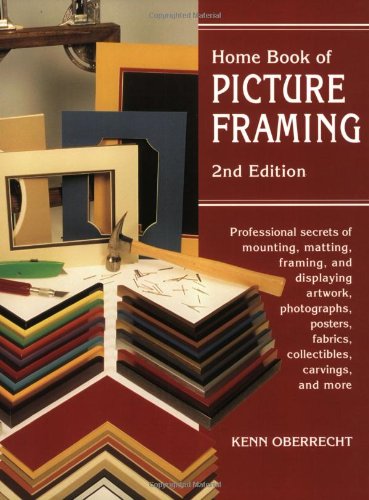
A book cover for Home Book of Picture Framing: 2nd Edition; Kenn Oberrecht; Crafts, Hobbies & Home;